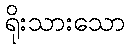
ရိုးသားသော